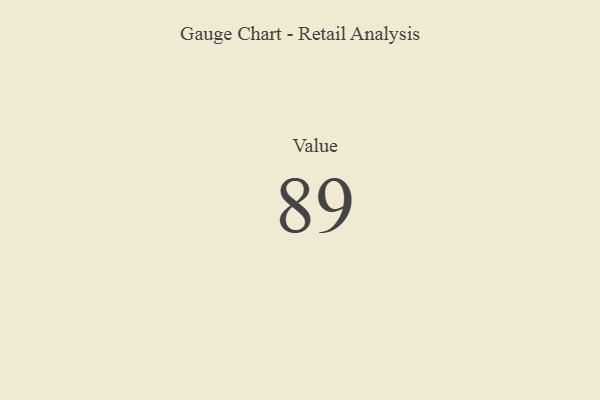
{"axis": {"x": "Metric", "y": "Value"}, "legend": [""], "data": [{"x": "Value", "y": 89, "type": ""}]}